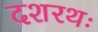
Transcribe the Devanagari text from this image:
दशरथः